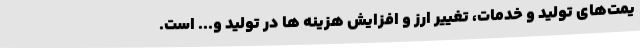
یمت‌های تولید و خدمات، تغییر ارز و افزایش هزینه ها در تولید و... است.